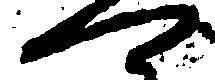
可